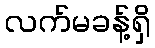
လက်မခန့်ရှိ